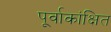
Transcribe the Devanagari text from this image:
पूर्वाकांक्षित